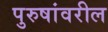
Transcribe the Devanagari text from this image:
पुरुषांवरील